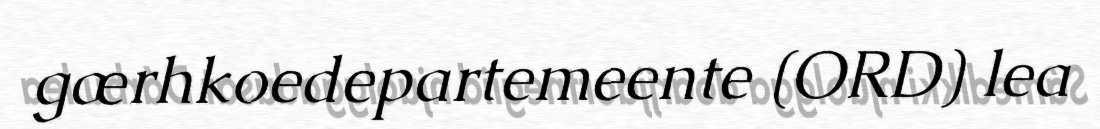
gærhkoedepartemeente (ORD) lea